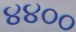
૪૪૦૦